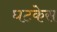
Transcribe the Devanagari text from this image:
घटकेस